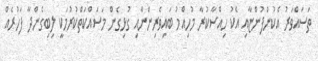
ތަސައްވަރު އެކުންފުންޏާއި އެކު ހިއްސާކުރާ މުހިއްމު ބައިވެރިންނާއި ގުޅިގެން މަސައްކަތްކުރުމަކީ ލިބިގެންދާ ފަހުރެއް